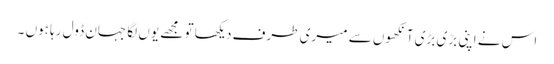
اس نے اپنی بڑی بڑی آنکھوں سے میری طرف دیکھا تو مجھے یوں لگا جہان ڈول رہا ہوں ۔